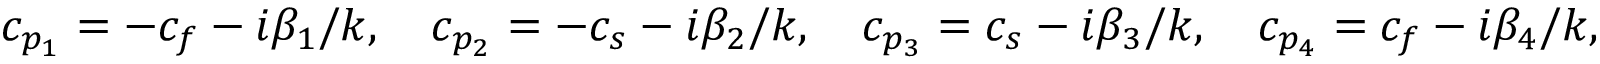
c _ { p _ { 1 } } = - c _ { f } - i \beta _ { 1 } / k , \quad c _ { p _ { 2 } } = - c _ { s } - i \beta _ { 2 } / k , \quad c _ { p _ { 3 } } = c _ { s } - i \beta _ { 3 } / k , \quad c _ { p _ { 4 } } = c _ { f } - i \beta _ { 4 } / k ,